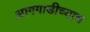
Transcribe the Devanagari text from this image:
आगगाडीच्याच